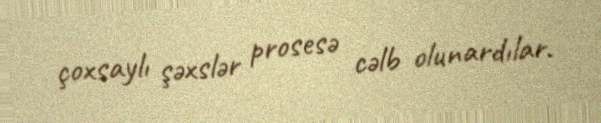
çoxsaylı şəxslər prosesə cəlb olunardılar.